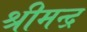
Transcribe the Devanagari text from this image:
श्रीमन्द्र